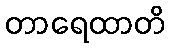
တာရေထာတိ